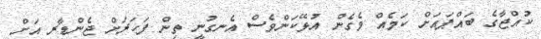
ކުއްޖާގެ ބައްޕައަށް ކަމެއް ވެގެން އުޅޭކަންވެސް އެނގުނީ ތިން ފަހަރަށް ޖެންޑާރ އަށް